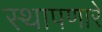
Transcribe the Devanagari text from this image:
स्थापणारे